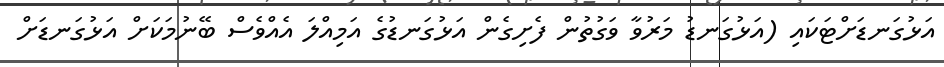
އަޅުގަނޑަށްޓަކައި (އަޅުގަނޑު މަރުވާ ވަގުތުން ފެށިގެން އަޅުގަނޑުގެ އަމިއްލަ އެއްވެސް ބޭނުމަކަށް އަޅުގަނޑަށް